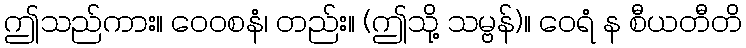
ဤသည်ကား။ ဝေဝစနံ၊ တည်း။ (ဤသို့ သမ္ဗန်)။ ဝေရံ န စီယတီတိ